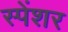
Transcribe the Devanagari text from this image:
स्पेंशर